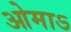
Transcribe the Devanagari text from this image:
ओमाऽ